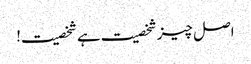
اصل چیز شخصیت ہے شخصیت!